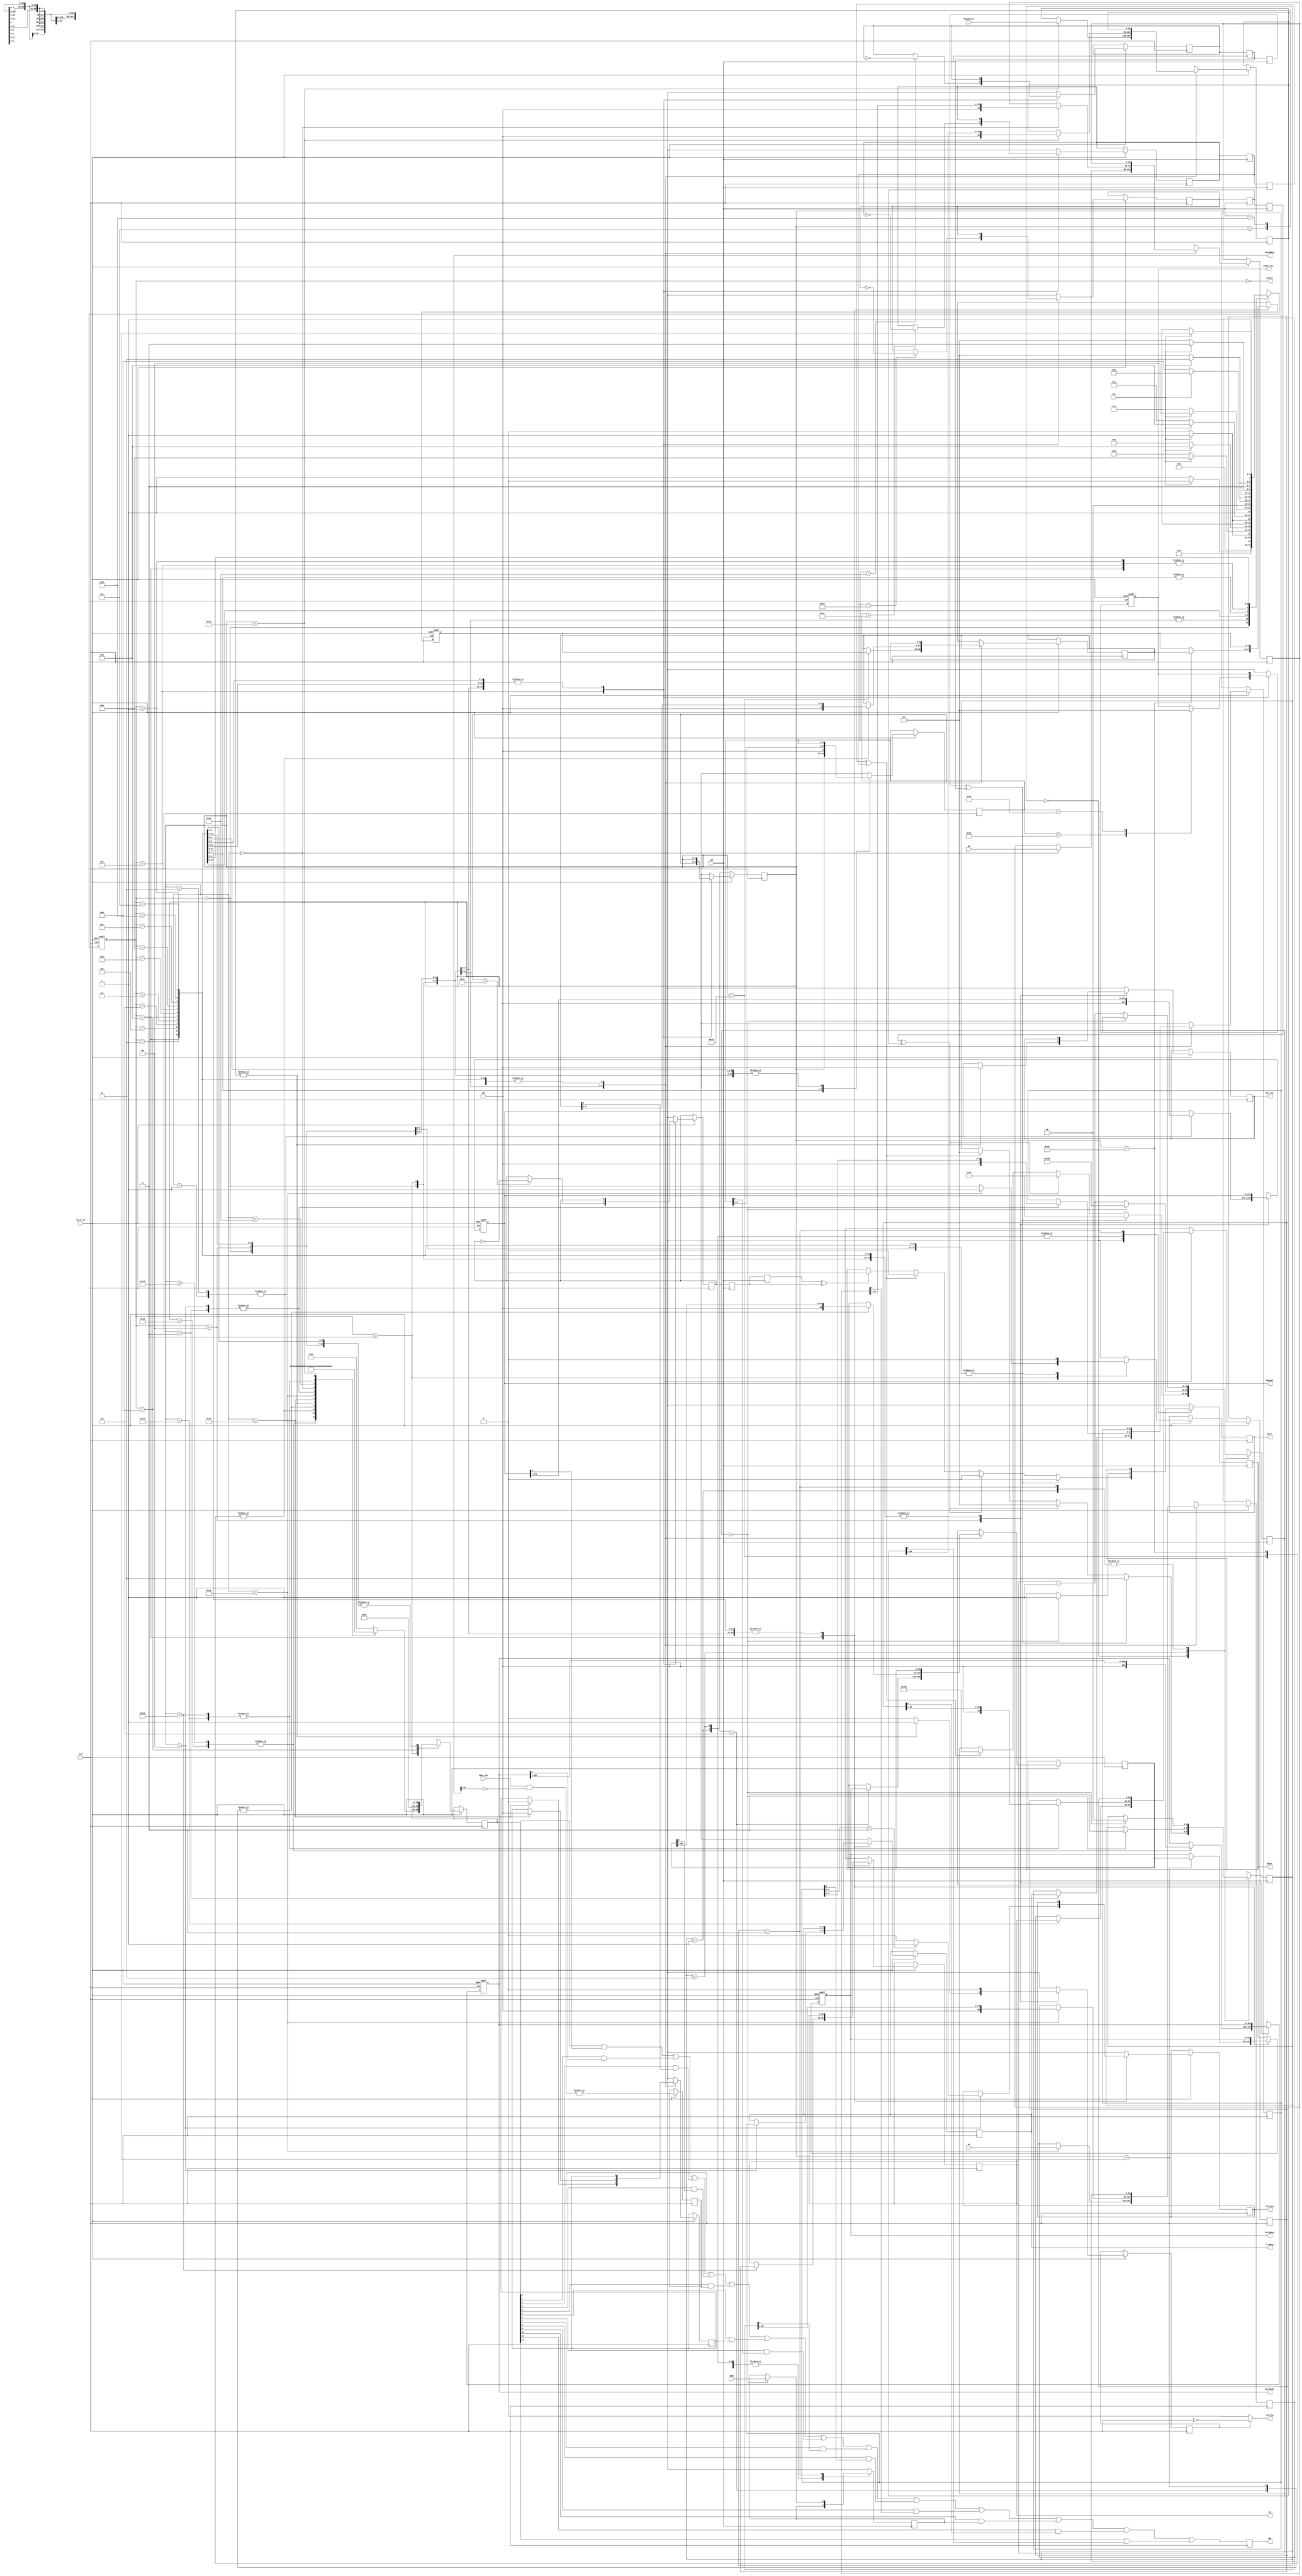
// This  Verilog HDL  source  file was  automatically generated
// by C++ model based on VPP library. Modification of this file
// is possible, but if you want to keep it in sync with the C++
// model,  please  modify  the model and re-generate this file.
// VPP library web-page: http://www.phys.ufl.edu/~madorsky/vpp/

// Timestamp : Mon Aug  6 09:16:26 2012

module jtag
(
    tck,
    tms,
    tdi,
    tdo,
    HCmask,
    collmask,
    ParamReg,
    ConfgReg,
    tst_pls,
    din_dly,
    dout_dly,
    clk_dly,
    input_dis,
    YR,
    OS,
    OSre,
    hard_rst,
    jstate,
    ID,
    TrigReg,
    SNout,
    SNin,
    hcounters,
    clk
);

    input tck;
    input tms;
    input tdi;
    output tdo;
    reg    tdo;
    output [671:0] HCmask;
    reg    [671:0] HCmask;
    output [391:0] collmask;
    reg    [391:0] collmask;
    output [8:0] ParamReg;
    reg    [8:0] ParamReg;
    output [68:0] ConfgReg;
    reg    [68:0] ConfgReg;
    output tst_pls;
    reg    tst_pls;
    output din_dly;
    reg    din_dly;
    input [6:0] dout_dly;
    output clk_dly;
    output input_dis;
    reg    input_dis;
    output [30:0] YR;
    reg    [30:0] YR;
    input [50:0] OS;
    output OSre;
    reg    OSre;
    input hard_rst;
    output [3:0] jstate;
    input [39:0] ID;
    output [4:0] TrigReg;
    reg    [4:0] TrigReg;
    output SNout;
    reg    SNout;
    input SNin;
    input [95:0] hcounters;
    input clk;

    parameter IRsize = 4;
    parameter SRsize = 4;
    parameter HCsize = 671;
    parameter cmsize = 391;
    parameter PRsize = 8;
    parameter CRsize = 68;
    parameter YRsize = 30;
    parameter OSsize = 50;
    parameter TRsize = 4;
    parameter IDsize = 39;
    parameter CNsize = 95;
    parameter RunTestIdle = 1;
    parameter TestLogicReset = 0;
    parameter SelDRScan = 2;
    parameter CaptureDR = 3;
    parameter ShiftDR = 4;
    parameter Exit1DR = 5;
    parameter PauseDR = 6;
    parameter Exit2DR = 7;
    parameter UpdateDR = 8;
    parameter SelIRScan = 9;
    parameter CaptureIR = 10;
    parameter ShiftIR = 11;
    parameter Exit1IR = 12;
    parameter PauseIR = 13;
    parameter Exit2IR = 14;
    parameter UpdateIR = 15;
    parameter IDRead = 0;
    parameter HCMaskRead = 1;
    parameter HCMaskWrite = 2;
    parameter RdTrig = 3;
    parameter WrTrig = 4;
    parameter RdCfg = 6;
    parameter WrCfg = 7;
    parameter Wdly = 13;
    parameter Rdly = 14;
    parameter YRwrite = 25;
    parameter YRread = 16;
    parameter CNread = 17;
    parameter CollMaskRead = 19;
    parameter CollMaskWrite = 20;
    parameter ParamRegRead = 21;
    parameter ParamRegWrite = 22;
    parameter InputEnable = 23;
    parameter InputDisable = 24;
    parameter OSread = 26;
    parameter SNread = 27;
    parameter SNwrite0 = 28;
    parameter SNwrite1 = 29;
    parameter SNreset = 30;
    parameter Bypass = 31;
    parameter SNidleST = 0;
    parameter SNwriteST = 1;
    parameter SNreadST = 2;
    parameter SNsampleST = 3;
    reg [8:0] ParamRegs;
    reg [68:0] ConfgRegs;
    reg dly_clk_en;
    reg [3:0] TAPstate;
    reg [4:0] IR;
    reg bpass;
    reg [4:0] sr;
    reg [12:0] tdomux;
    reg dly_tdo;
    reg [30:0] YRs;
    reg [50:0] OSs;
    reg [4:0] TrigRegs;
    reg [39:0] IDs;
    reg [11:0] SNcnt;
    reg SNrd;
    reg SNresetRQ;
    reg SNwrite0RQ;
    reg SNwrite1RQ;
    reg SNreadRQ;
    reg SNresetRQ1;
    reg SNwrite0RQ1;
    reg SNwrite1RQ1;
    reg SNreadRQ1;
    reg SNresetRQ2;
    reg SNwrite0RQ2;
    reg SNwrite1RQ2;
    reg SNreadRQ2;
    reg [1:0] SNstate;
    reg [95:0] hcounterss;
initial input_dis = 0;
initial TAPstate = RunTestIdle;
    always @(posedge tck or negedge hard_rst) 
    begin
        if (hard_rst == 0) 
        begin
            collmask = 0;
            collmask = ~collmask;
            HCmask = 0;
            HCmask = ~HCmask;
            ParamReg = 9'b1111111_01;
            ConfgReg = 69'b01_0_00_00_1_0_0_000_101_0_0001_0011_01111000_000_01_00001_00111_11_100_010_00000001_0_0_0_00;
            input_dis = 0;
            TAPstate = RunTestIdle;
        end
        else 
        begin
            dly_tdo = |(dout_dly & (~ParamReg[8:2]));
            dly_clk_en = 0;
            OSre = 0;
            case (TAPstate)
                RunTestIdle : TAPstate = (tms == 0) ? RunTestIdle : SelDRScan;
                TestLogicReset : TAPstate = (tms == 0) ? RunTestIdle : TestLogicReset;
                CaptureDR : 
                begin
                    TAPstate = (tms == 0) ? ShiftDR : Exit1DR;
                    case (IR)
                        HCMaskWrite, HCMaskRead : tdomux = 1;
                        CollMaskWrite, CollMaskRead : tdomux = 2;
                        ParamRegWrite : tdomux = 4;
                        ParamRegRead : 
                        begin
                            tdomux = 4;
                            ParamRegs = ParamReg;
                        end
                        WrCfg : tdomux = 8;
                        RdCfg : 
                        begin
                            tdomux = 8;
                            ConfgRegs = ConfgReg;
                        end
                        Wdly, Rdly : tdomux = 16;
                        Bypass : 
                        begin
                            tdomux = 32;
                            bpass = 0;
                        end
                        OSread : 
                        begin
                            tdomux = 128;
                            OSs = OS;
                            OSre = 1;
                        end
                        WrTrig : tdomux = 256;
                        RdTrig : 
                        begin
                            tdomux = 256;
                            TrigRegs = TrigReg;
                        end
                        IDRead : 
                        begin
                            tdomux = 512;
                            IDs = ID;
                        end
                        SNread : tdomux = 1024;
                        YRwrite : tdomux = 2048;
                        YRread : 
                        begin
                            tdomux = 2048;
                            YRs = YR;
                        end
                        CNread : 
                        begin
                            tdomux = 4096;
                            hcounterss = hcounters;
                        end
                        default : tdomux = 0;
                    endcase
                end
                ShiftDR : 
                begin
                    TAPstate = (tms == 0) ? ShiftDR : Exit1DR;
                    case (IR)
                        HCMaskWrite, HCMaskRead : HCmask = {tdi, HCmask[HCsize:1]};
                        CollMaskWrite, CollMaskRead : collmask = {tdi, collmask[cmsize:1]};
                        ParamRegWrite, ParamRegRead : ParamRegs = {tdi, ParamRegs[PRsize:1]};
                        RdCfg, WrCfg : ConfgRegs = {tdi, ConfgRegs[CRsize:1]};
                        Bypass : bpass = tdi;
                        Wdly, Rdly : 
                        begin
                            din_dly = tdi;
                            dly_clk_en = 1;
                        end
                        YRwrite, YRread : YRs = {tdi, YRs[YRsize:1]};
                        CNread : hcounterss = {tdi, hcounterss[CNsize:1]};
                        OSread : OSs = {tdi, OSs[OSsize:1]};
                        RdTrig, WrTrig : TrigRegs = {tdi, TrigRegs[TRsize:1]};
                        IDRead : IDs = {tdi, IDs[IDsize:1]};
                    endcase
                end
                UpdateDR : 
                begin
                    TAPstate = (tms == 0) ? RunTestIdle : SelDRScan;
                    case (IR)
                        ParamRegWrite : ParamReg = ParamRegs;
                        WrTrig : 
                        begin
                            TrigReg = TrigRegs;
                            tst_pls = (TrigRegs[3:0] == 3) ? 1 : 0;
                        end
                        YRwrite : YR = YRs;
                        WrCfg : ConfgReg = ConfgRegs;
                    endcase
                end
                SelDRScan : TAPstate = (tms == 0) ? CaptureDR : SelIRScan;
                Exit1DR : TAPstate = (tms == 0) ? PauseDR : UpdateDR;
                PauseDR : TAPstate = (tms == 0) ? PauseDR : Exit2DR;
                Exit2DR : TAPstate = (tms == 0) ? ShiftDR : UpdateDR;
                CaptureIR : 
                begin
                    TAPstate = (tms == 0) ? ShiftIR : Exit1IR;
                    sr = IR;
                    tdomux = 64;
                end
                ShiftIR : 
                begin
                    TAPstate = (tms == 0) ? ShiftIR : Exit1IR;
                    sr = {tdi, sr[SRsize:1]};
                end
                UpdateIR : 
                begin
                    TAPstate = (tms == 0) ? RunTestIdle : SelDRScan;
                    IR = sr;
                    case (IR)
                        InputEnable : input_dis = 0;
                        InputDisable : input_dis = 1;
                        SNreset : SNresetRQ = ~SNresetRQ;
                        SNwrite0 : SNwrite0RQ = ~SNwrite0RQ;
                        SNwrite1 : SNwrite1RQ = ~SNwrite1RQ;
                        SNread : SNreadRQ = ~SNreadRQ;
                    endcase
                end
                SelIRScan : TAPstate = (tms == 0) ? CaptureIR : TestLogicReset;
                Exit1IR : TAPstate = (tms == 0) ? PauseIR : UpdateIR;
                PauseIR : TAPstate = (tms == 0) ? PauseIR : Exit2IR;
                Exit2IR : TAPstate = (tms == 0) ? ShiftIR : UpdateIR;
            endcase
        end
    end
    assign clk_dly = (dly_clk_en) ? !tck : 0;
    always @(negedge tck) 
    begin
        tdo = ((((((((((((tdomux[0] & HCmask[0]) | (tdomux[1] & collmask[0])) | (tdomux[2] & ParamRegs[0])) | (tdomux[3] & ConfgRegs[0])) | (tdomux[4] & dly_tdo)) | (tdomux[5] & bpass)) | (tdomux[6] & sr[0])) | (tdomux[7] & OSs[0])) | (tdomux[8] & TrigRegs[0])) | (tdomux[9] & IDs[0])) | (tdomux[10] & SNrd)) | (tdomux[11] & YRs[0])) | (tdomux[12] & hcounterss[0]);
    end
    assign jstate = ~TAPstate;
    always @(posedge clk) 
    begin
        case (SNstate)
            SNidleST : 
            begin
                if (SNresetRQ2 ^ SNresetRQ1) 
                begin
                    SNout = 0;
                end
                if (SNwrite0RQ2 ^ SNwrite0RQ1) 
                begin
                    SNstate = SNwriteST;
                    SNout = 0;
                    SNcnt = 2400;
                end
                if (SNwrite1RQ2 ^ SNwrite1RQ1) 
                begin
                    SNstate = SNwriteST;
                    SNout = 0;
                    SNcnt = 240;
                end
                if (SNreadRQ2 ^ SNreadRQ1) 
                begin
                    SNstate = SNreadST;
                    SNout = 0;
                    SNcnt = 240;
                end
            end
            SNwriteST : 
            begin
                if (SNcnt == 0) 
                begin
                    SNstate = SNidleST;
                    SNout = 1;
                end
                else SNcnt = SNcnt - 1;
            end
            SNreadST : 
            begin
                if (SNcnt == 0) 
                begin
                    SNstate = SNsampleST;
                    SNcnt = 360;
                    SNout = 1;
                end
                else SNcnt = SNcnt - 1;
            end
            SNsampleST : 
            begin
                if (SNcnt == 0) 
                begin
                    SNstate = SNidleST;
                    SNrd = SNin;
                end
                else SNcnt = SNcnt - 1;
            end
        endcase
        SNresetRQ2 = SNresetRQ1;
        SNwrite0RQ2 = SNwrite0RQ1;
        SNwrite1RQ2 = SNwrite1RQ1;
        SNreadRQ2 = SNreadRQ1;
        SNresetRQ1 = SNresetRQ;
        SNwrite0RQ1 = SNwrite0RQ;
        SNwrite1RQ1 = SNwrite1RQ;
        SNreadRQ1 = SNreadRQ;
    end
endmodule